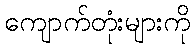
ကျောက်တုံးများကို